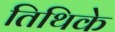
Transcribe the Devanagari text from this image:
तिथिके